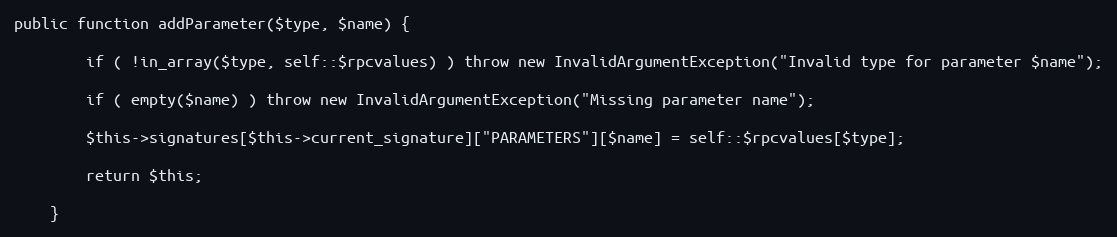
Language: PHP
public function addParameter($type, $name) {

        if ( !in_array($type, self::$rpcvalues) ) throw new InvalidArgumentException("Invalid type for parameter $name");

        if ( empty($name) ) throw new InvalidArgumentException("Missing parameter name");

        $this->signatures[$this->current_signature]["PARAMETERS"][$name] = self::$rpcvalues[$type];

        return $this;

    }